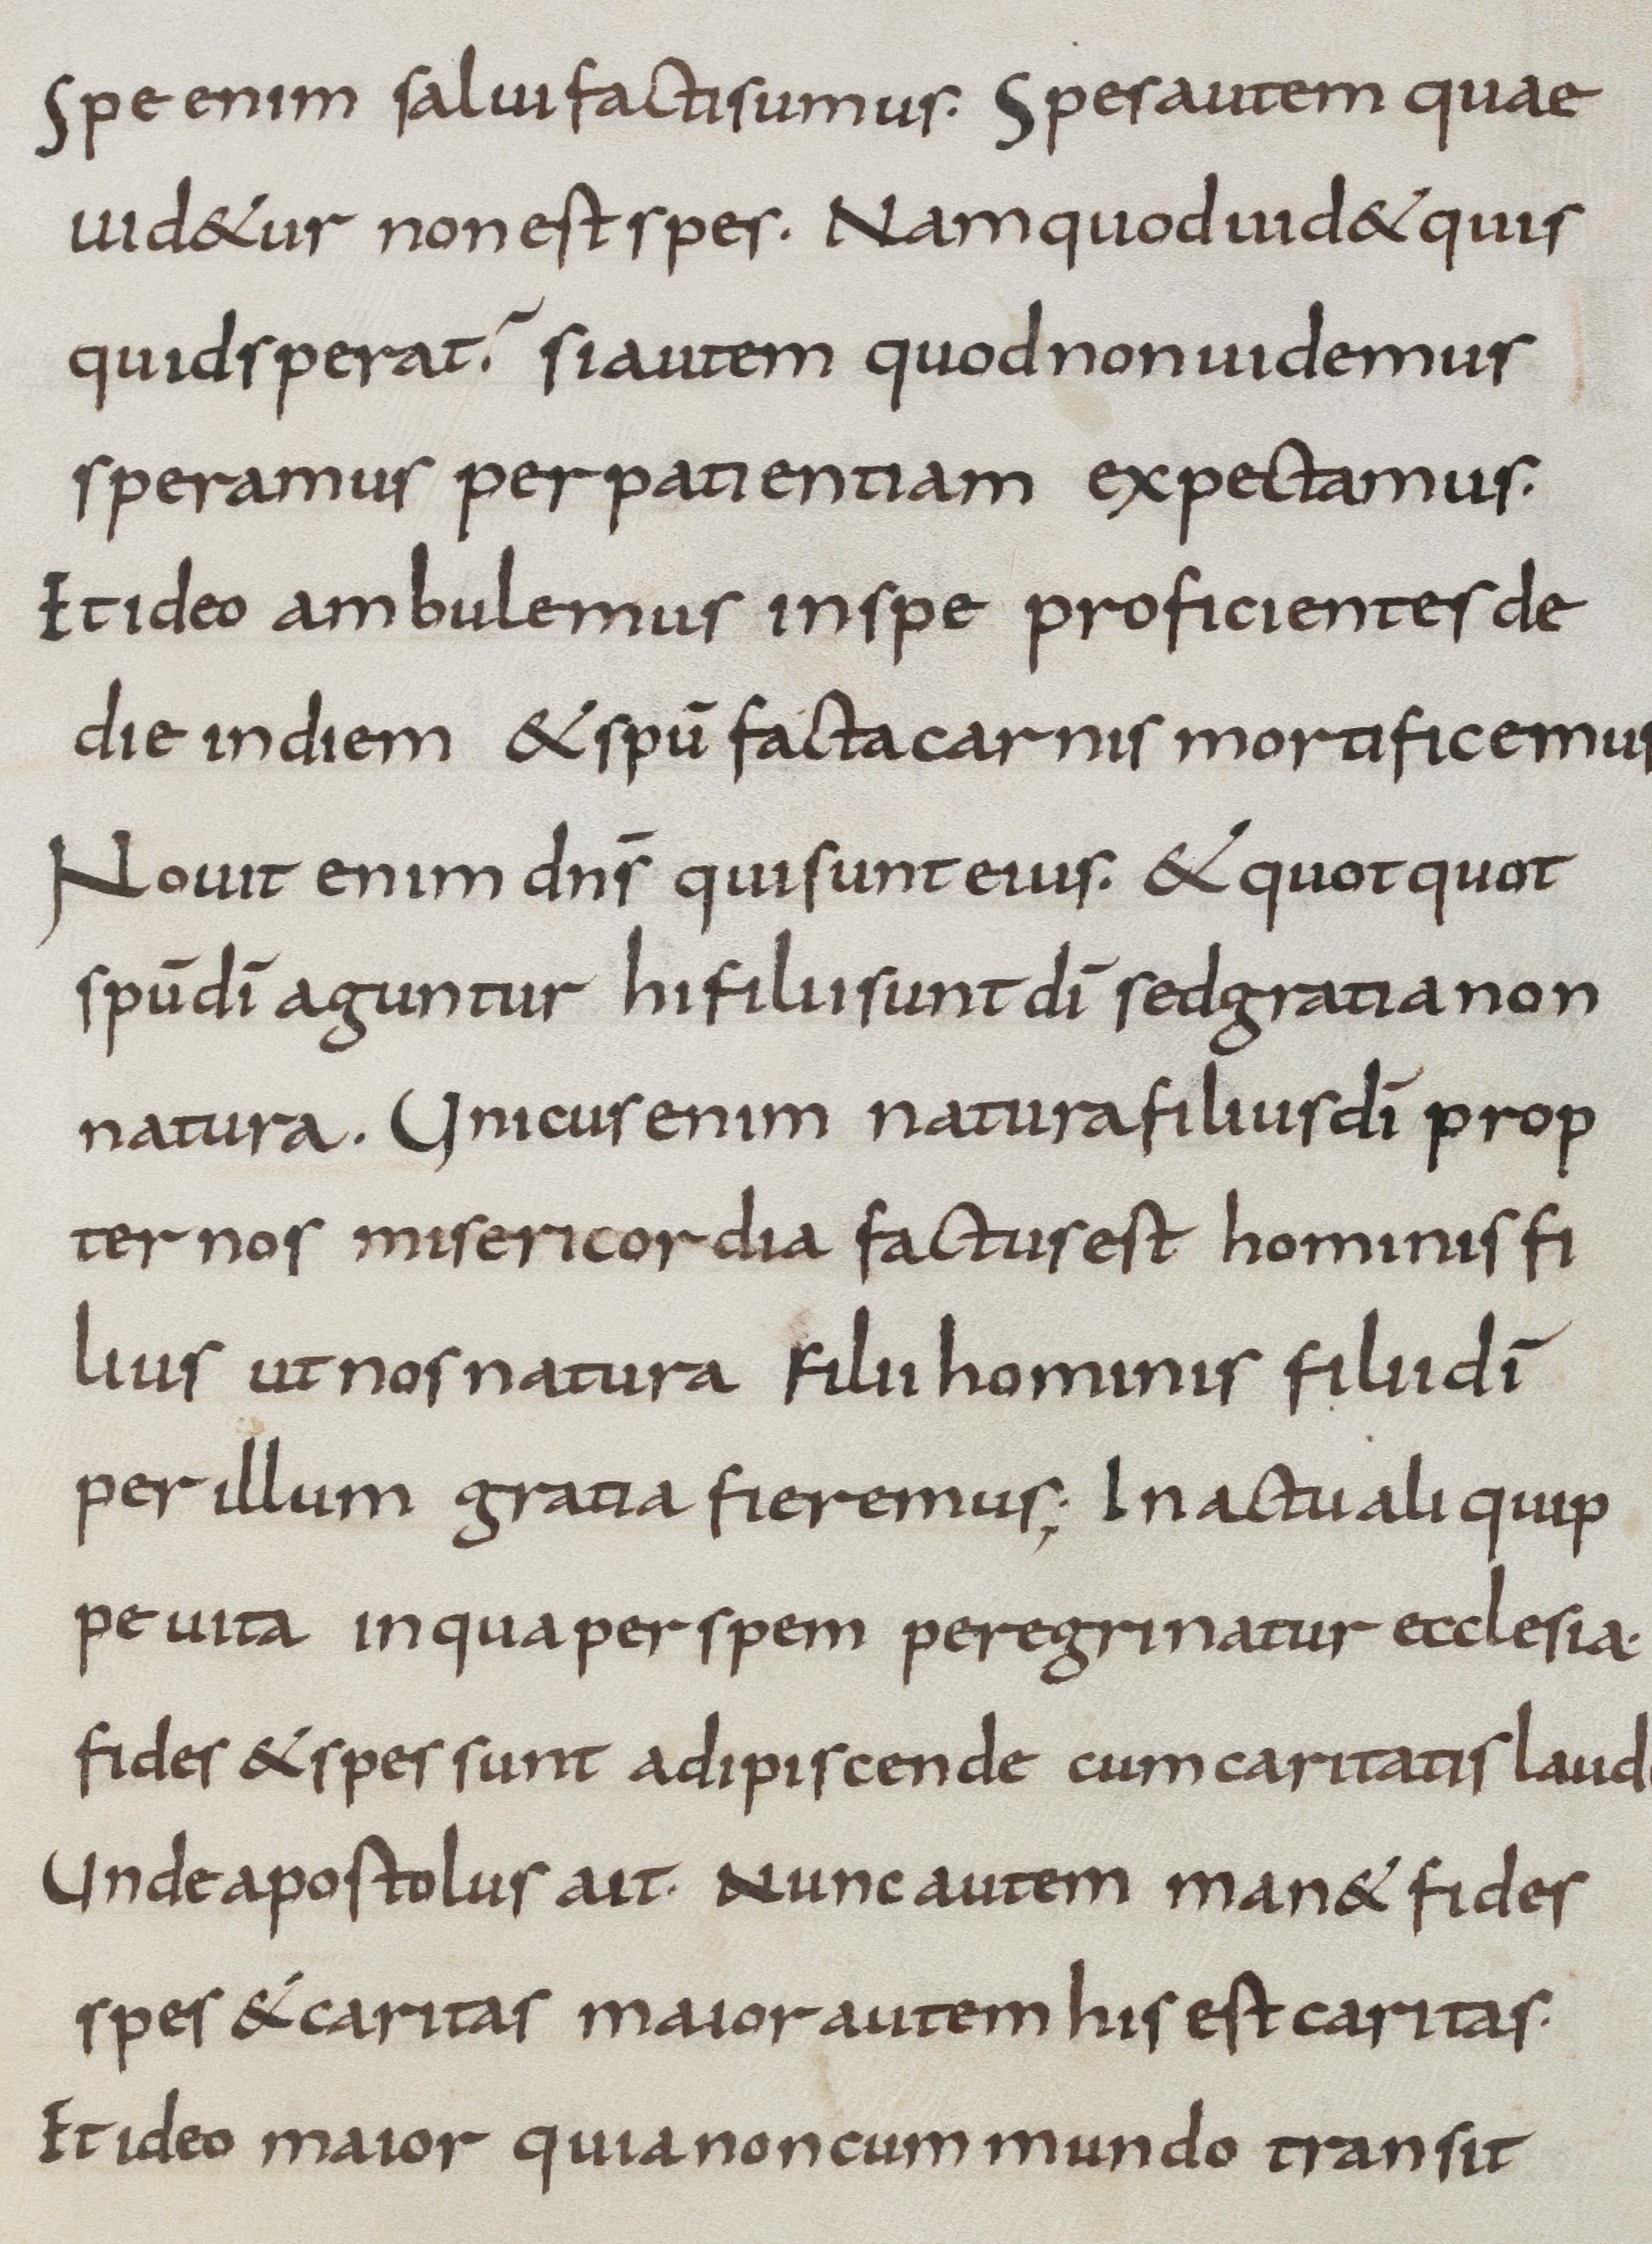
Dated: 800–899